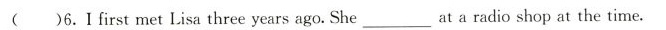
()6. I first met Lisa three years ago. She ___ at a radio shop at the time.